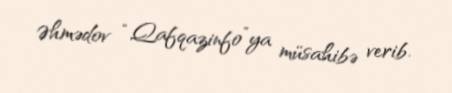
Əhmədov “Qafqazinfo”ya müsahibə verib.